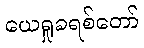
ယေရှုခရစ်တော်